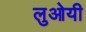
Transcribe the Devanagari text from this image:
लुओयी